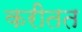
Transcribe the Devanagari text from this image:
करीतत